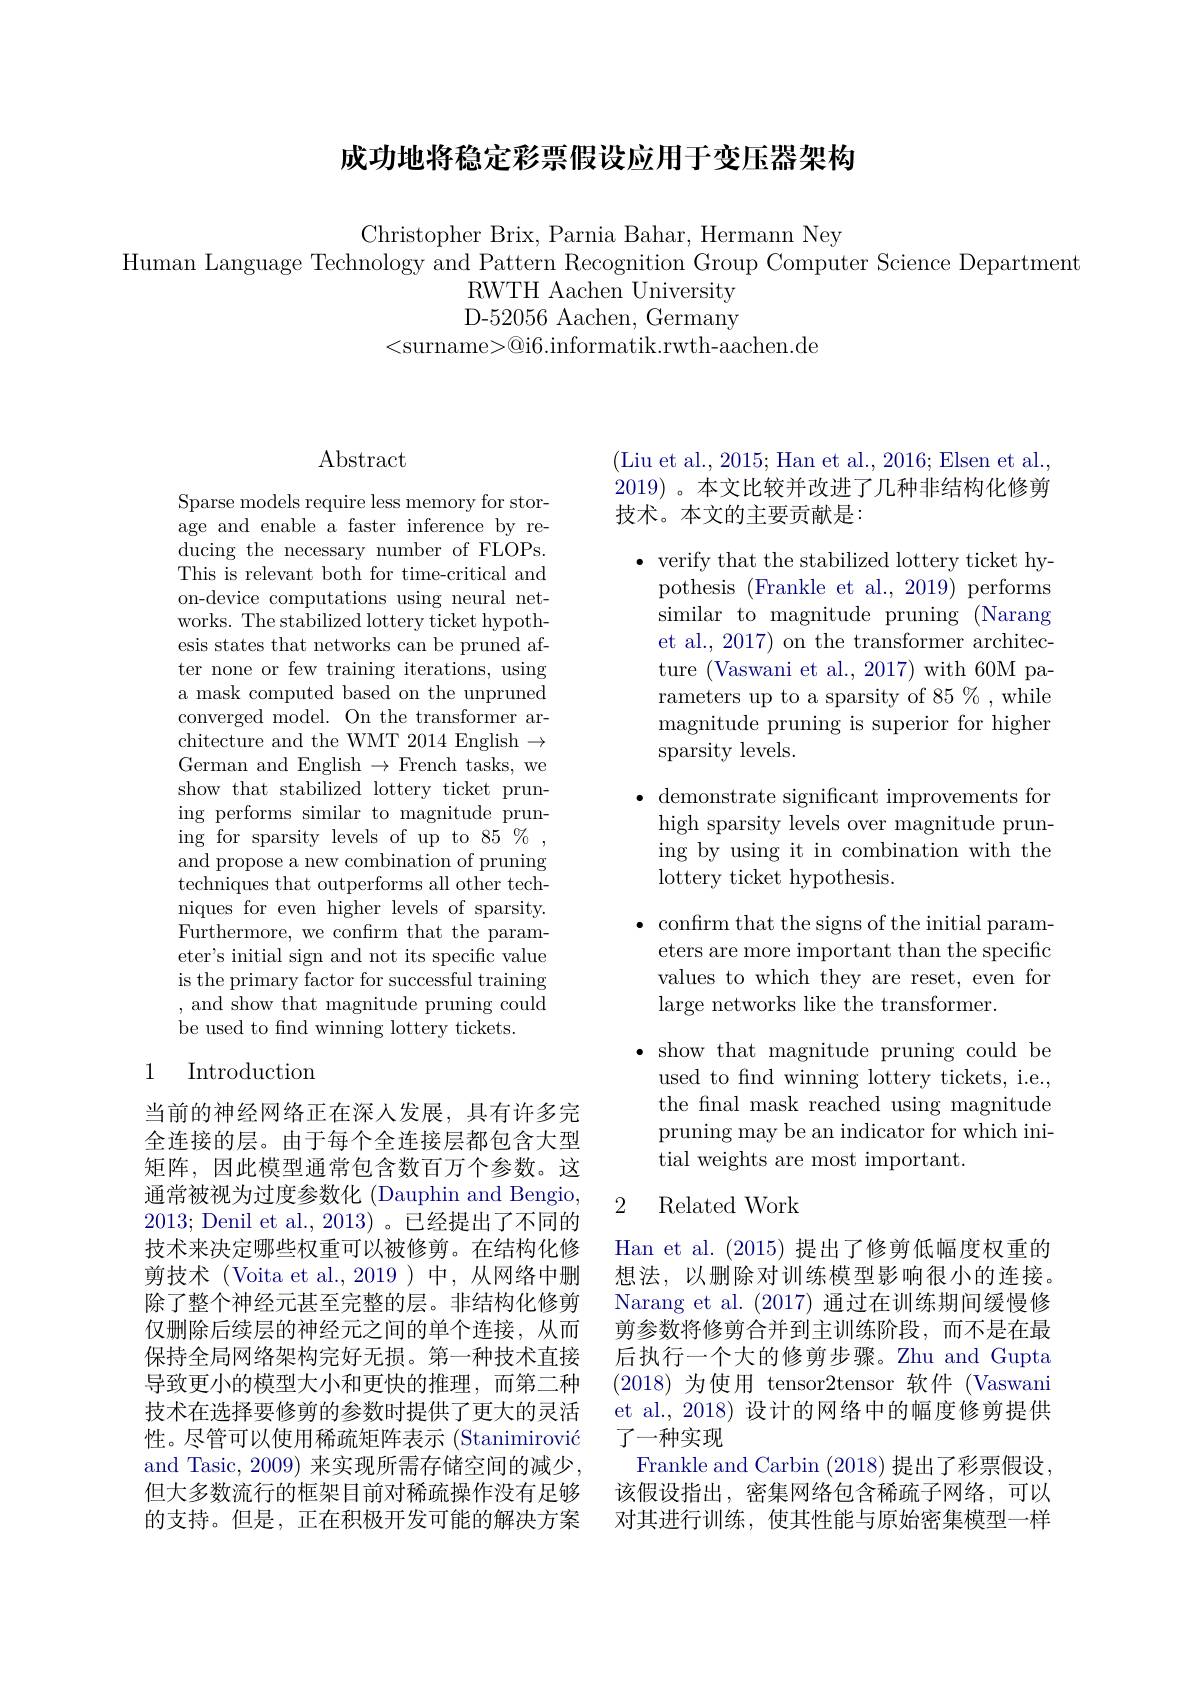
成功地将稳定彩票假设应用于变压器架构

Christopher Brix, Parnia Bahar, Hermann Ney
Human Language Technology and Pattern Recognition Group Computer Science Department
RWTH Aachen University D-52056 Aachen, Germany
<surname>@i6.informatik.rwth-aachen.de

## $\operatorname{Abstract}$

Sparse models require less memory for storage and enable a faster inference by reducing the necessary number of FLOPs. This is relevant both for time-critical and on-device computations using neural networks. The stabilized lottery ticket hypothesis states that networks can be pruned after none or few training iterations, using a mask computed based on the unpruned converged model. On the transformer architecture and the WMT 2014 English $\to$ German and English $\to$French tasks, we show that stabilized lottery ticket pruning performs similar to magnitude pruning for sparsity levels of up to 85 % , and propose a new combination of pruning techniques that outperforms all other techniques for even higher levels of sparsity. Furthermore, we confrm that the parameter's initial sign and not its specific value is the primary factor for successful training , and show that magnitude pruning could be used to find winning lottery tickets.

### 1 Introduction

当前的神经网络正在深人发展，具有许多完全连接的层。由于每个全连接层都包含大型矩阵，因此模型通常包含数百万个参数。这通常被视为过度参数化 (Dauphin and Bengio, 2013; Denil et al.,2013)。已经提出了不同的技术来决定哪些权重可以被修剪。在结构化修剪技术(Voita et al.,2019)中，从网络中删除了整个神经元甚至完整的层。非结构化修剪仅删除后续层的神经元之间的单个连接，从而保持全局网络架构完好无损。第一种技术直接导致更小的模型大小和更快的推理，而第二种技术在选择要修剪的参数时提供了更大的灵活性。尽管可以使用稀疏矩阵表示 (Stanimirović and Tasic, 2009) 来实现所需存储空间的减少， 但大多数流行的框架目前对稀疏操作没有足够的支持。但是，正在积极开发可能的解决方案

(Liu et al., 2015; Han et al., 2016; Elsen et al. 2019)。本文比较并改进了几种非结构化修剪技术。本文的主要贡献是：

$\bullet$ verify that the stabilized lottery ticket hy-
pothesis (Frankle et al., 2019) performs similar to magnitude pruning (Narang et al., 2017) on the transformer architecture (Vaswani et al., 2017) with 60M parameters up to a sparsity of 85 % , while magnitude pruning is superior for higher sparsity levels.

$\bullet$ demonstrate significant improvements for
high sparsity levels over magnitude pruning by using it in combination with the lottery ticket hypothesis.

$\bullet$ confirm that the signs of the initial param-
eters are more important than the specific values to which they are reset, even for large networks like the transformer.

$\bullet$ show that magnitude pruning could be
used to find winning lottery tickets, i.e., the fnal mask reached using magnitude pruning may be an indicator for which initial weights are most important.

### 2 Related Work

Han et al. (2015) 提出了修剪低幅度权重的想法，以删除对训练模型影响很小的连接。Narang et al. (2017) 通过在训练期间缓慢修剪参数将修剪合并到主训练阶段，而不是在最后执行一个大的修剪步骤。Zhu and Gupta (2018)为使用 tensor2tensor 软件 (Vaswani et al., 2018) 设计的网络中的幅度修剪提供了一种实现
Frankle and Carbin (2018)提出了彩票假设， 该假设指出，密集网络包含稀疏子网络，可以对其进行训练，使其性能与原始密集模型一样